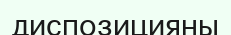
диспозицияны